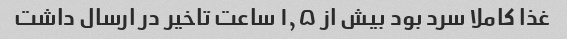
غذا کاملا سرد بود بیش از ۱٫۵ ساعت تاخیر در ارسال داشت